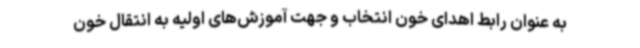
به عنوان رابط اهدای خون انتخاب و جهت آموزش‌های اولیه به انتقال خون